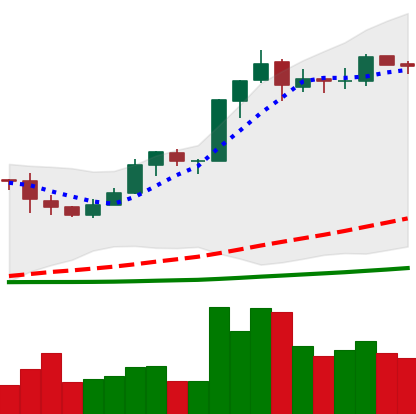
Ticker: BNB-USD
Chart end date: 2019-03-14
Forward return: 4.269%
Label: up_3_5